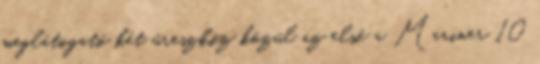
meglátogató két űreszköz közül az első a Mariner 10